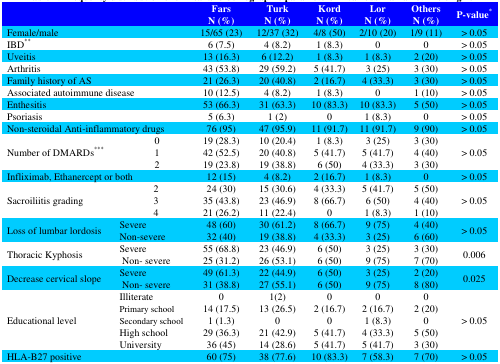
<table><thead><tr><td colspan="3"></td><td><b>FarsN (%)</b></td><td><b>TurkN (%)</b></td><td><b>KordN (%)</b></td><td><b>LorN (%)</b></td><td><b>OthersN (%) </b></td><td><b>P-value*</b></td></tr></thead><tbody><tr><td colspan="3">Female/male</td><td>15/65 (23)</td><td>12/37 (32)</td><td>4/8 (50)</td><td>2/10 (20)</td><td>1/9 (11)</td><td>&gt; 0.05</td></tr><tr><td colspan="3">IBD**</td><td>6 (7.5)</td><td>4 (8.2)</td><td>1 (8.3)</td><td>0</td><td>0</td><td>&gt; 0.05</td></tr><tr><td colspan="3">Uveitis</td><td>13 (16.3)</td><td>6 (12.2)</td><td>1 (8.3)</td><td>1 (8.3)</td><td>2 (20)</td><td>&gt; 0.05</td></tr><tr><td colspan="3">Arthritis</td><td>43 (53.8)</td><td>29 (59.2)</td><td>5 (41.7)</td><td>3 (25)</td><td>3 (30)</td><td>&gt; 0.05</td></tr><tr><td colspan="3">Family history of AS</td><td>21 (26.3)</td><td>20 (40.8)</td><td>2 (16.7)</td><td>4 (33.3)</td><td>3 (30)</td><td>&gt; 0.05</td></tr><tr><td colspan="3">Associated autoimmune disease</td><td>10 (12.5)</td><td>4 (8.2)</td><td>1 (8.3)</td><td>0</td><td>1 (10)</td><td>&gt; 0.05</td></tr><tr><td colspan="3">Enthesitis</td><td>53 (66.3)</td><td>31 (63.3)</td><td>10 (83.3)</td><td>10 (83.3)</td><td>5 (50)</td><td>&gt; 0.05</td></tr><tr><td colspan="3">Psoriasis</td><td>5 (6.3)</td><td>1 (2)</td><td>0</td><td>1 (8.3)</td><td>0</td><td>&gt; 0.05</td></tr><tr><td colspan="3">Non-steroidal Anti-inflammatory drugs</td><td>76 (95)</td><td>47 (95.9)</td><td>11 (91.7)</td><td>11 (91.7)</td><td>9 (90)</td><td>&gt; 0.05</td></tr><tr><td rowspan="3" colspan="2">Number of DMARDs***</td><td rowspan="3">012</td><td>19 (28.3)</td><td>10 (20.4)</td><td>1 (8.3)</td><td>3 (25)</td><td>3 (30)</td><td rowspan="3">&gt; 0.05</td></tr><tr><td>42 (52.5)</td><td>20 (40.8)</td><td>5 (41.7)</td><td>5 (41.7)</td><td>4 (40)</td></tr><tr><td>19 (23.8)</td><td>19 (38.8)</td><td>6 (50)</td><td>4 (33.3)</td><td>3 (30)</td></tr><tr><td colspan="3">Infliximab, Ethanercept or both</td><td>12 (15)</td><td>4 (8.2)</td><td>2 (16.7)</td><td>1 (8.3)</td><td>0</td><td>&gt; 0.05</td></tr><tr><td rowspan="3">Sacroiliitis grading</td><td rowspan="3" colspan="2"> 2 3 4</td><td>24 (30)</td><td>15 (30.6)</td><td>4 (33.3)</td><td>5 (41.7)</td><td>5 (50)</td><td rowspan="3">&gt; 0.05</td></tr><tr><td>35 (43.8)</td><td>23 (46.9)</td><td>8 (66.7)</td><td>6 (50)</td><td>4 (40)</td></tr><tr><td>21 (26.2)</td><td>11 (22.4)</td><td>0</td><td>1 (8.3)</td><td>1 (10)</td></tr><tr><td rowspan="2">Loss of lumbar lordosis</td><td colspan="2">Severe</td><td>48 (60)</td><td>30 (61.2)</td><td>8 (66.7)</td><td>9 (75)</td><td>4 (40)</td><td rowspan="2">&gt; 0.05</td></tr><tr><td colspan="2">Non-severe</td><td>32 (40)</td><td>19 (38.8)</td><td>4 (33.3)</td><td>3 (25)</td><td>6 (60)</td></tr><tr><td rowspan="2">Thoracic Kyphosis</td><td colspan="2">Severe</td><td>55 (68.8)</td><td>23 (46.9)</td><td>6 (50)</td><td>3 (25)</td><td>3 (30)</td><td rowspan="2">0.006</td></tr><tr><td colspan="2"> Non- severe</td><td>25 (31.2)</td><td>26 (53.1)</td><td>6 (50)</td><td>9 (75)</td><td>7 (70)</td></tr><tr><td rowspan="2">Decrease cervical slope</td><td colspan="2">Severe</td><td>49 (61.3)</td><td>22 (44.9)</td><td>6 (50)</td><td>3 (25)</td><td>2 (20)</td><td rowspan="2">0.025</td></tr><tr><td colspan="2"> Non- severe</td><td>31 (38.8)</td><td>27 (55.1)</td><td>6 (50)</td><td>9 (75)</td><td>8 (80)</td></tr><tr><td rowspan="5">Educational level</td><td colspan="2">Illiterate</td><td>0</td><td>1(2)</td><td>0</td><td>0</td><td>0</td><td rowspan="5">&gt; 0.05</td></tr><tr><td colspan="2">Primary school</td><td>14 (17.5)</td><td>13 (26.5)</td><td>2 (16.7)</td><td>2 (16.7)</td><td>2 (20)</td></tr><tr><td colspan="2">Secondary school</td><td>1 (1.3)</td><td>0</td><td>0</td><td>1 (8.3)</td><td>0</td></tr><tr><td colspan="2">High school</td><td>29 (36.3)</td><td>21 (42.9)</td><td>5 (41.7)</td><td>4 (33.3)</td><td>5 (50)</td></tr><tr><td colspan="2">University </td><td>36 (45)</td><td>14 (28.6)</td><td>5 (41.7)</td><td>5 (41.7)</td><td>3 (30)</td></tr></tbody></table>